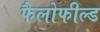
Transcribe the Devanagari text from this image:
फैलोफील्ड